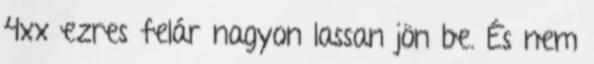
4xx ezres felár nagyon lassan jön be. És nem